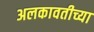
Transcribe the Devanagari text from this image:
अलकावतीच्या